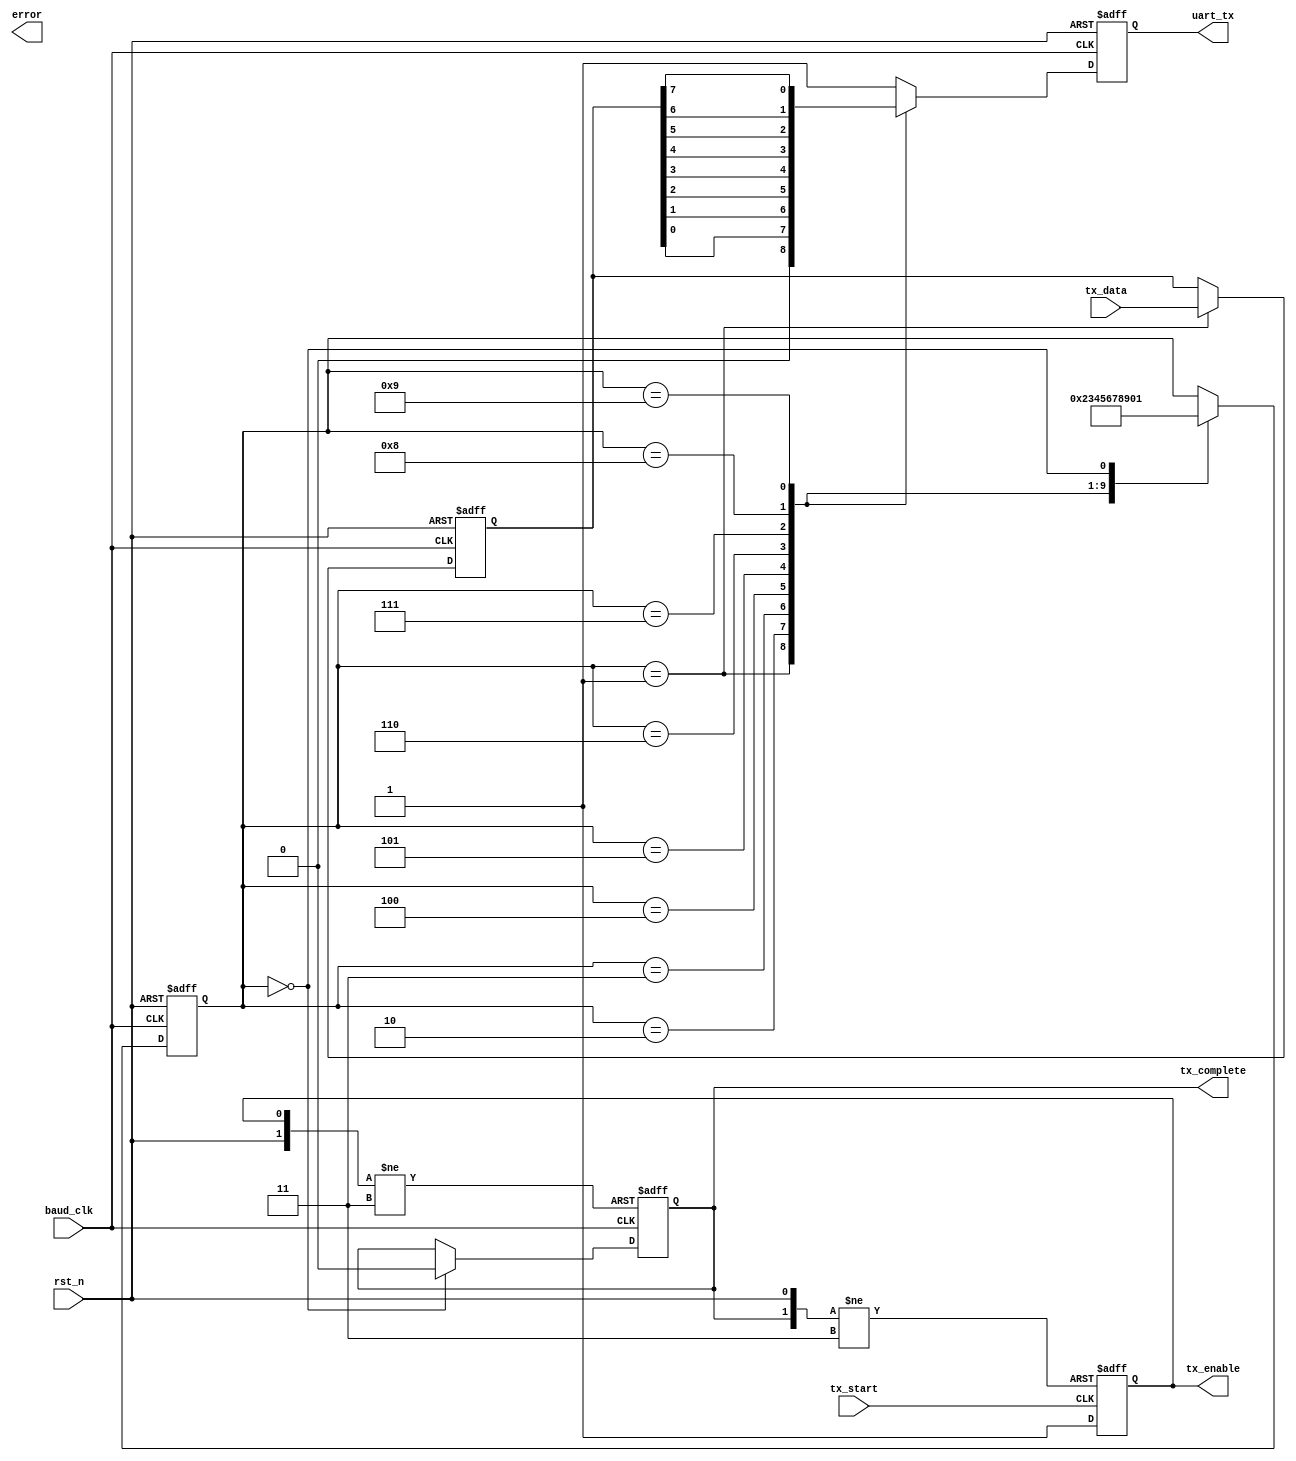
module my_uart_tx(rst_n, baud_clk, tx_start, tx_data, tx_enable, tx_complete, uart_tx, error);

input rst_n;
input baud_clk;
input tx_start;
input[7:0] tx_data;
output tx_enable;
output tx_complete;
output uart_tx;
output error;

/*************************************************************************************
 * Update tx_enable_reg
 ************************************************************************************/
reg tx_enable_reg;
always @ (negedge tx_start or negedge tx_complete_reg or negedge rst_n)
begin
	if (!rst_n)
	begin
		tx_enable_reg <= 1'b0;
	end
	else if (!tx_complete_reg)
		tx_enable_reg <= 1'b0;
	else if (!tx_start)
		tx_enable_reg <= 1'b1;
end
assign tx_enable = tx_enable_reg;

/*************************************************************************************
 * Update tx_complete_flag
 ************************************************************************************/
reg tx_complete_reg;
always @ (negedge baud_clk or negedge tx_enable_reg or negedge rst_n)
begin
	if (!rst_n)
	begin
		tx_complete_reg <= 1'b1;
	end
	else if (!tx_enable_reg)
		tx_complete_reg <= 1'b1;
	else if (!baud_clk)
	begin
		if (!tx_count)
			tx_complete_reg <= 1'b0;
	end
end
assign tx_complete = tx_complete_reg;

/*************************************************************************************
 * Update tx_count
 ************************************************************************************/
reg[3:0] tx_count;
always @ (posedge baud_clk or negedge rst_n)
begin
	if (!rst_n)
	begin
		tx_count <= 4'd0;
	end
	else if (baud_clk)
	begin
		case (tx_count)
			4'd1:	tx_count <= 4'd2;
			4'd2:	tx_count <= 4'd3;
			4'd3:	tx_count <= 4'd4;
			4'd4: tx_count <= 4'd5;
			4'd5: tx_count <= 4'd6;
			4'd6: tx_count <= 4'd7;
			4'd7: tx_count <= 4'd8;
			4'd8:	tx_count <= 4'd9;
			4'd9: tx_count <= 4'd0;
			4'd0: tx_count <= 4'd1;
		endcase
	end
end
/*************************************************************************************
 * Transmit data
 ************************************************************************************/
reg[7:0] tx_data_reg;
reg uart_tx_reg;
always @ (negedge baud_clk or negedge rst_n)
begin
	if (!rst_n)
	begin
		uart_tx_reg <= 1'b1;
		tx_data_reg <= 8'd0;
	end
	else if (!baud_clk)
	begin
		case (tx_count)
			4'd1:	begin uart_tx_reg <= 1'b0; tx_data_reg <= tx_data; end
			4'd2:	uart_tx_reg <= tx_data_reg[0];
			4'd3:	uart_tx_reg <= tx_data_reg[1];
			4'd4: uart_tx_reg <= tx_data_reg[2];
			4'd5: uart_tx_reg <= tx_data_reg[3];
			4'd6: uart_tx_reg <= tx_data_reg[4];
			4'd7: uart_tx_reg <= tx_data_reg[5];
			4'd8:	uart_tx_reg <= tx_data_reg[6];
			4'd9: uart_tx_reg <= tx_data_reg[7];
			4'd0: uart_tx_reg <= 1'b1;
			default: uart_tx_reg <= 1'b1;
		endcase
	end
end
assign uart_tx = uart_tx_reg;

endmodule